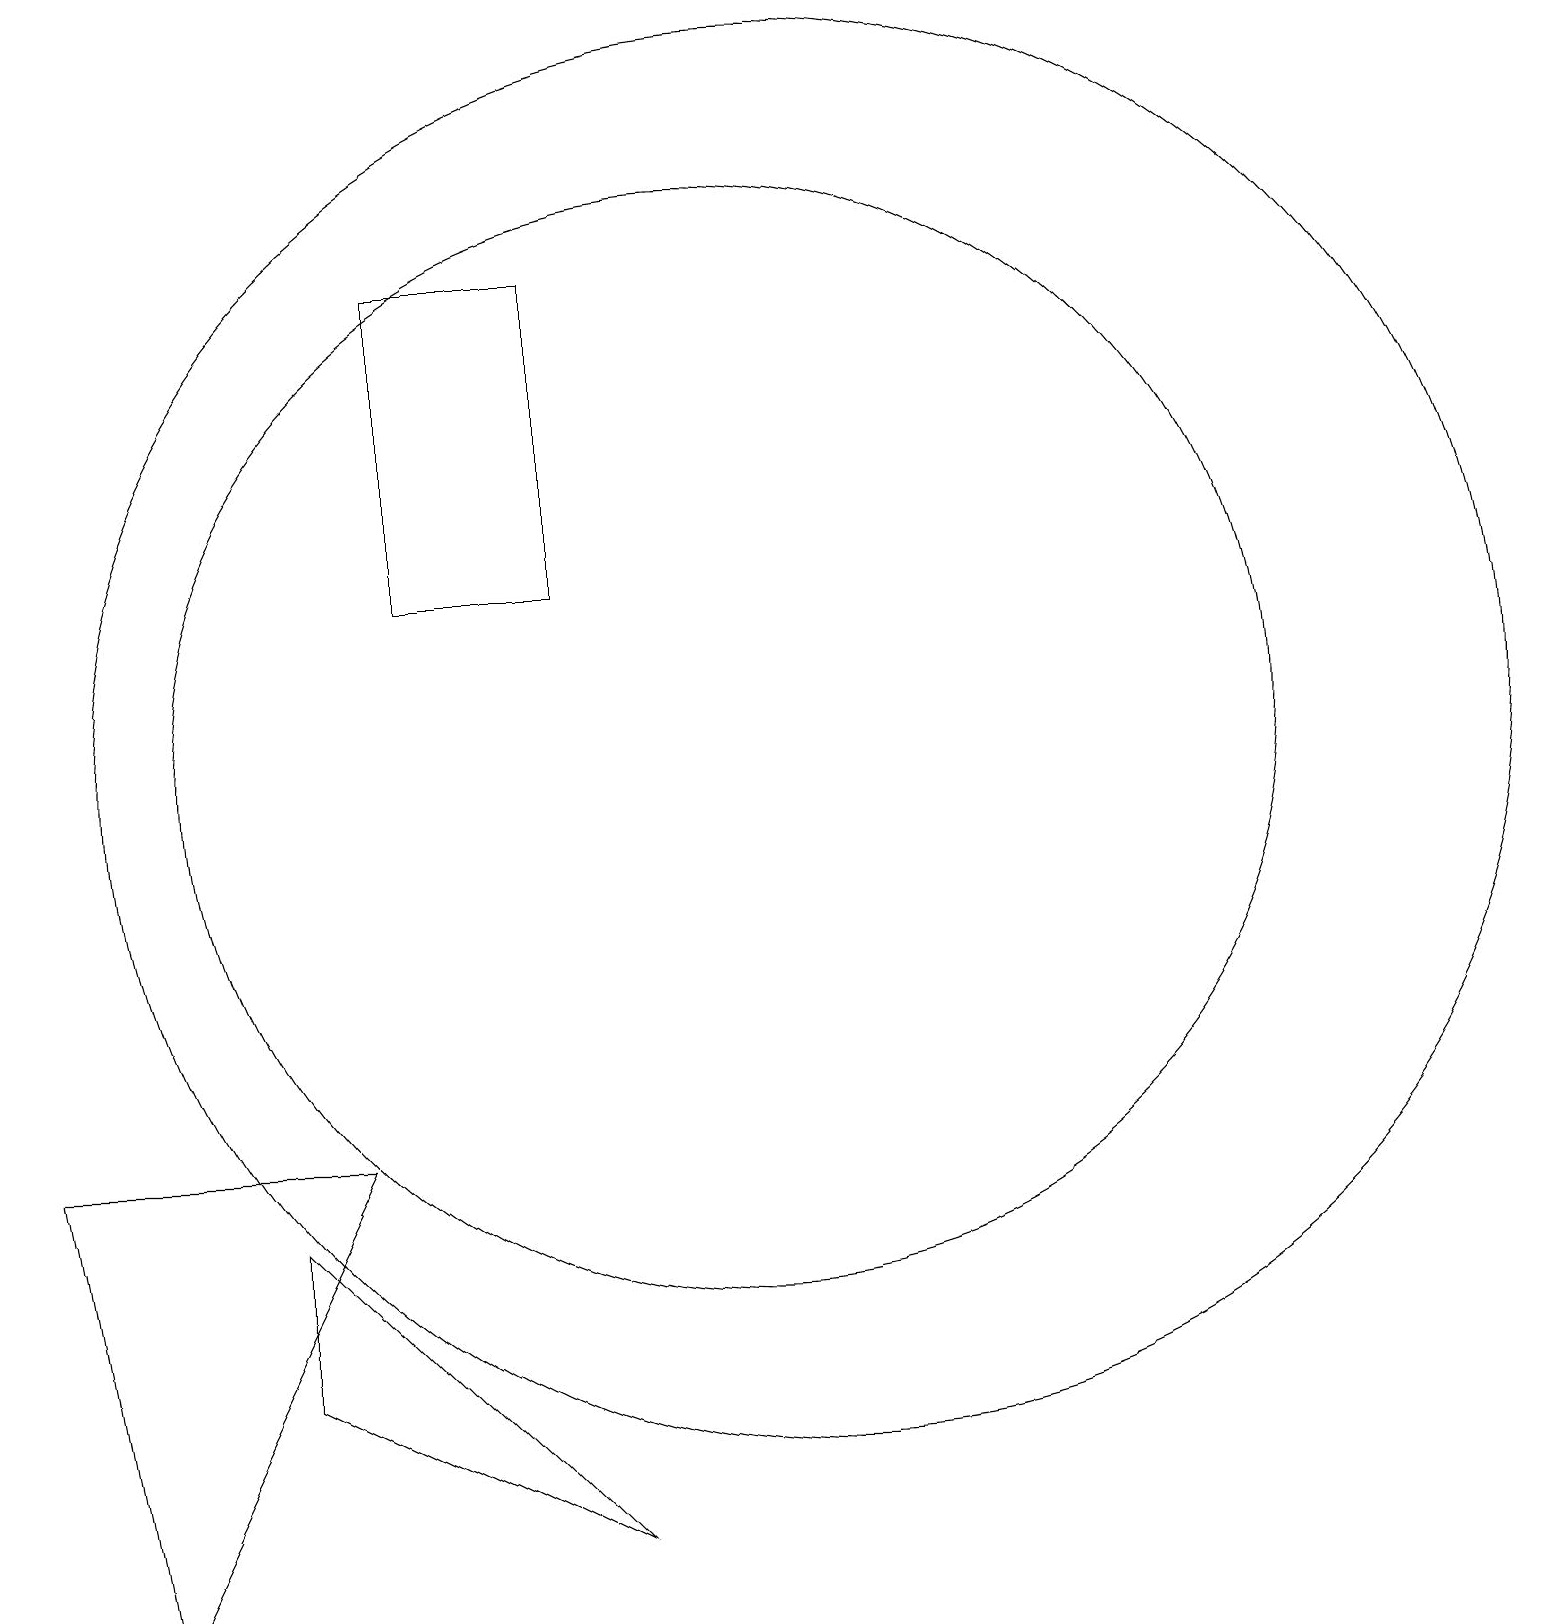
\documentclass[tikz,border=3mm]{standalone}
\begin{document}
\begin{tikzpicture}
\draw (2,1) -- (1,7) -- (5,7) -- cycle;
\draw (8,14) rectangle (6,18);
\draw (4,6) -- (8,2) -- (4,4) -- cycle;
\draw (11,12) circle (9);
\draw (10,12) circle (7);
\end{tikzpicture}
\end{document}